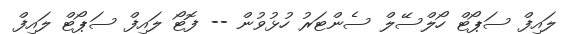
ލައިފް ސަޕޯޓް ހޯލްސޭލް ސެންޓަރު ހުޅުވުން -- ފޮޓޯ ލައިފް ސަޕޯޓް ލައިފް